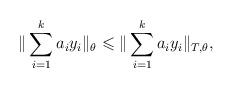
LaTeX: \begin{align*}\|\sum_{i=1}^ka_iy_i\|_\theta\leqslant\|\sum_{i=1}^ka_iy_i\|_{T,\theta},\end{align*}